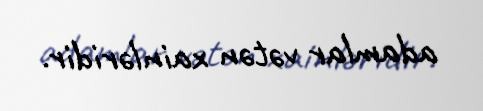
adamlar vətən xainləridir.